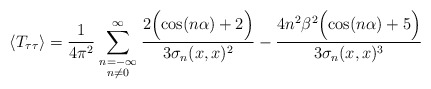
\begin{align*}\langle T_{\tau\tau}\rangle = {1\over4\pi^2}\sum_{\scriptstyle n=-\infty\atop\scriptstyle n\ne0}^\infty{2\Bigl(\cos(n\alpha) + 2\Bigr)\over3\sigma_n(x,x)^2} -{4n^2\beta^2\Bigl(\cos(n\alpha)+5\Bigr)\over3\sigma_n(x,x)^3}\end{align*}